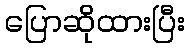
ပြောဆိုထားပြီး